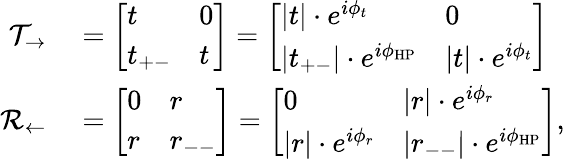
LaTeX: \begin{array}{rl}{\mathcal{T}_{\rightarrow}}&{{}=\left[\begin{array}{ll}{t}&{0}\\ {t_{+-}}&{t}\end{array}\right]=\left[\begin{array}{ll}{|t|\cdot e^{i\phi_{t}}}&{0}\\ {|t_{+-}|\cdot e^{i\phi_{\mathrm{HP}}}}&{|t|\cdot e^{i\phi_{t}}}\end{array}\right]}\\ {\mathcal{R}_{\leftarrow}}&{{}=\left[\begin{array}{ll}{0}&{r}\\ {r}&{r_{--}}\end{array}\right]=\left[\begin{array}{ll}{0}&{|r|\cdot e^{i\phi_{r}}}\\ {|r|\cdot e^{i\phi_{r}}}&{|r_{--}|\cdot e^{i\phi_{\mathrm{HP}}}}\end{array}\right],}\end{array}